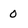
Character: 0